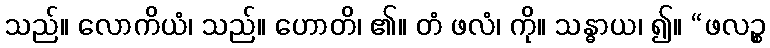
သည်။ လောကိယံ၊ သည်။ ဟောတိ၊ ၏။ တံ ဖလံ၊ ကို။ သန္ဓာယ၊ ၍။ “ဖလဉ္စ